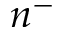
n ^ { - }